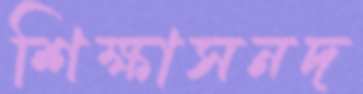
শিক্ষাসনদ